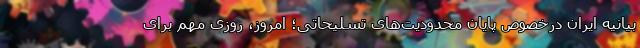
بیانیه ایران درخصوص پایان محدودیت‌های تسلیحاتی؛ امروز، روزی مهم برای